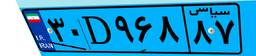
۳۰D۹۶۸۸۷